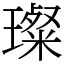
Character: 璨